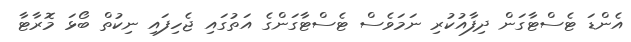
އެންޑަ ޓެސްޓާގަން ދިފާއުކުރި ނަމަވެސް ޓެސްޓާގަންގެ އަތުގައި ޖެހިފައި ނިކުތް ބޯޅަ މޮރާޓާ